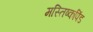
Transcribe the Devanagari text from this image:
मस्तिष्कपिंड